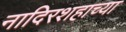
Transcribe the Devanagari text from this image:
नादिरशहाच्या